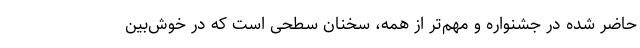
حاضر شده در جشنواره و مهم‌تر از همه، سخنان سطحی است که در خوش‌بین